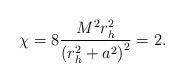
LaTeX: \begin{align*}\chi =8 {M^{2}r_{h}^{2}\over \left(r_{h}^{2}+a^{2}\right)^{2}}= 2.\end{align*}